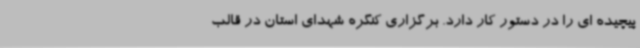
پیچیده ای را در دستور کار دارد. برگزاری کنگره شهدای استان در قالب